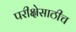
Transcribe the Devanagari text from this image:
परीक्षेसाठीच